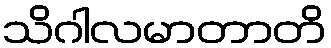
သိဂါလမာတာတိ